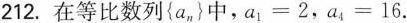
212.在等比数列{an}中，$$a_{1}=2$$，$$a_{4}=16$$.